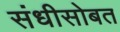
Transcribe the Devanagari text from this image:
संधीसोबत